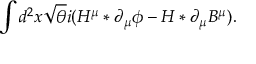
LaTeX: \int d ^ { 2 } x \sqrt { \theta } i ( H ^ { \mu } \ast \partial _ { \mu } \phi - H \ast \partial _ { \mu } B ^ { \mu } ) .